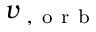
\boldsymbol { v } _ { \rightmoon , \mathrm { ~ o ~ r ~ b ~ } }